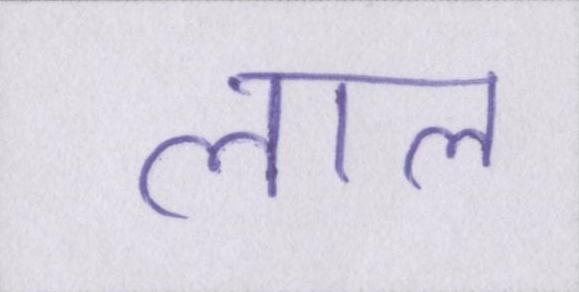
लाल